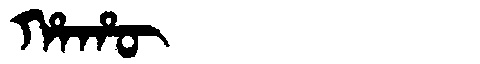
Manchu: ᡥᠠᡥᡡ
Romanization: HAHŪ